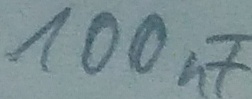
Text: 100nF